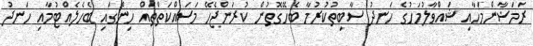
ރަމަޟާންމަހާއި ޝައްވާލުމަހުގެ ހަނދު ސާބިތުކުރުމާ ބެހޭގޮތުން ކުރަންޖެހޭ މަސައްކަތްތައް ހިންގައި ބެހެލެއްޓުމާއި ހަނދު